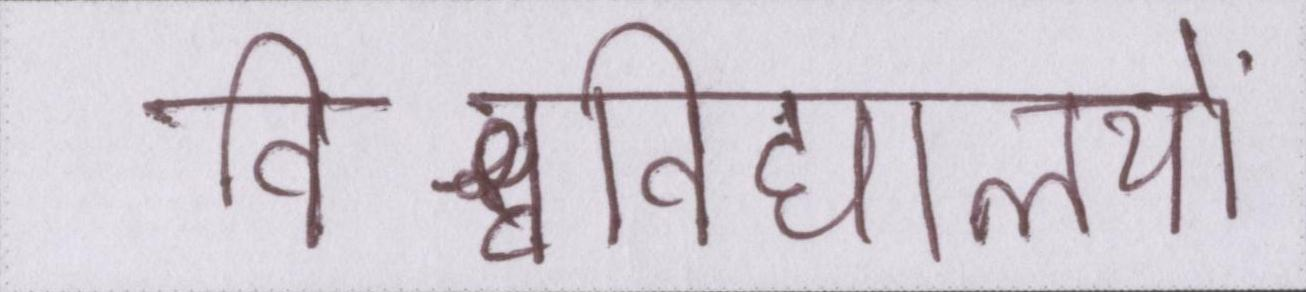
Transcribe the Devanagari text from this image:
विश्वविद्यालयों